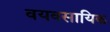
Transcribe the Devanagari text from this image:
वयवसायिक